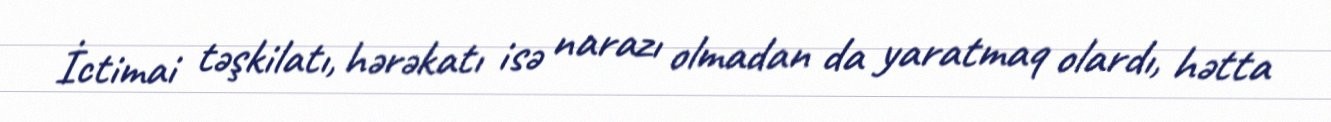
İctimai təşkilatı, hərəkatı isə narazı olmadan da yaratmaq olardı, hətta